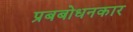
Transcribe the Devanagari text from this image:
प्रबबोधनकार